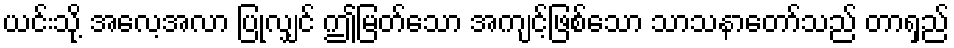
ယင်းသို့ အလေ့အလာ ပြုလျှင် ဤမြတ်သော အကျင့်ဖြစ်သော သာသနာတော်သည် တာရှည်